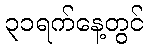
၃၁ရက်နေ့တွင်